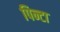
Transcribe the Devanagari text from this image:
पिन्टा